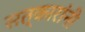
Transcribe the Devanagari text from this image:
सत्कारांनी